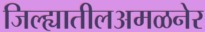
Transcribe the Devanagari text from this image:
जिल्ह्यातीलअमळनेर